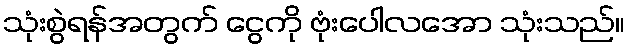
သုံးစွဲရန်အတွက် ငွေကို ဗုံးပေါလအော သုံးသည်။